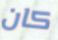
كان